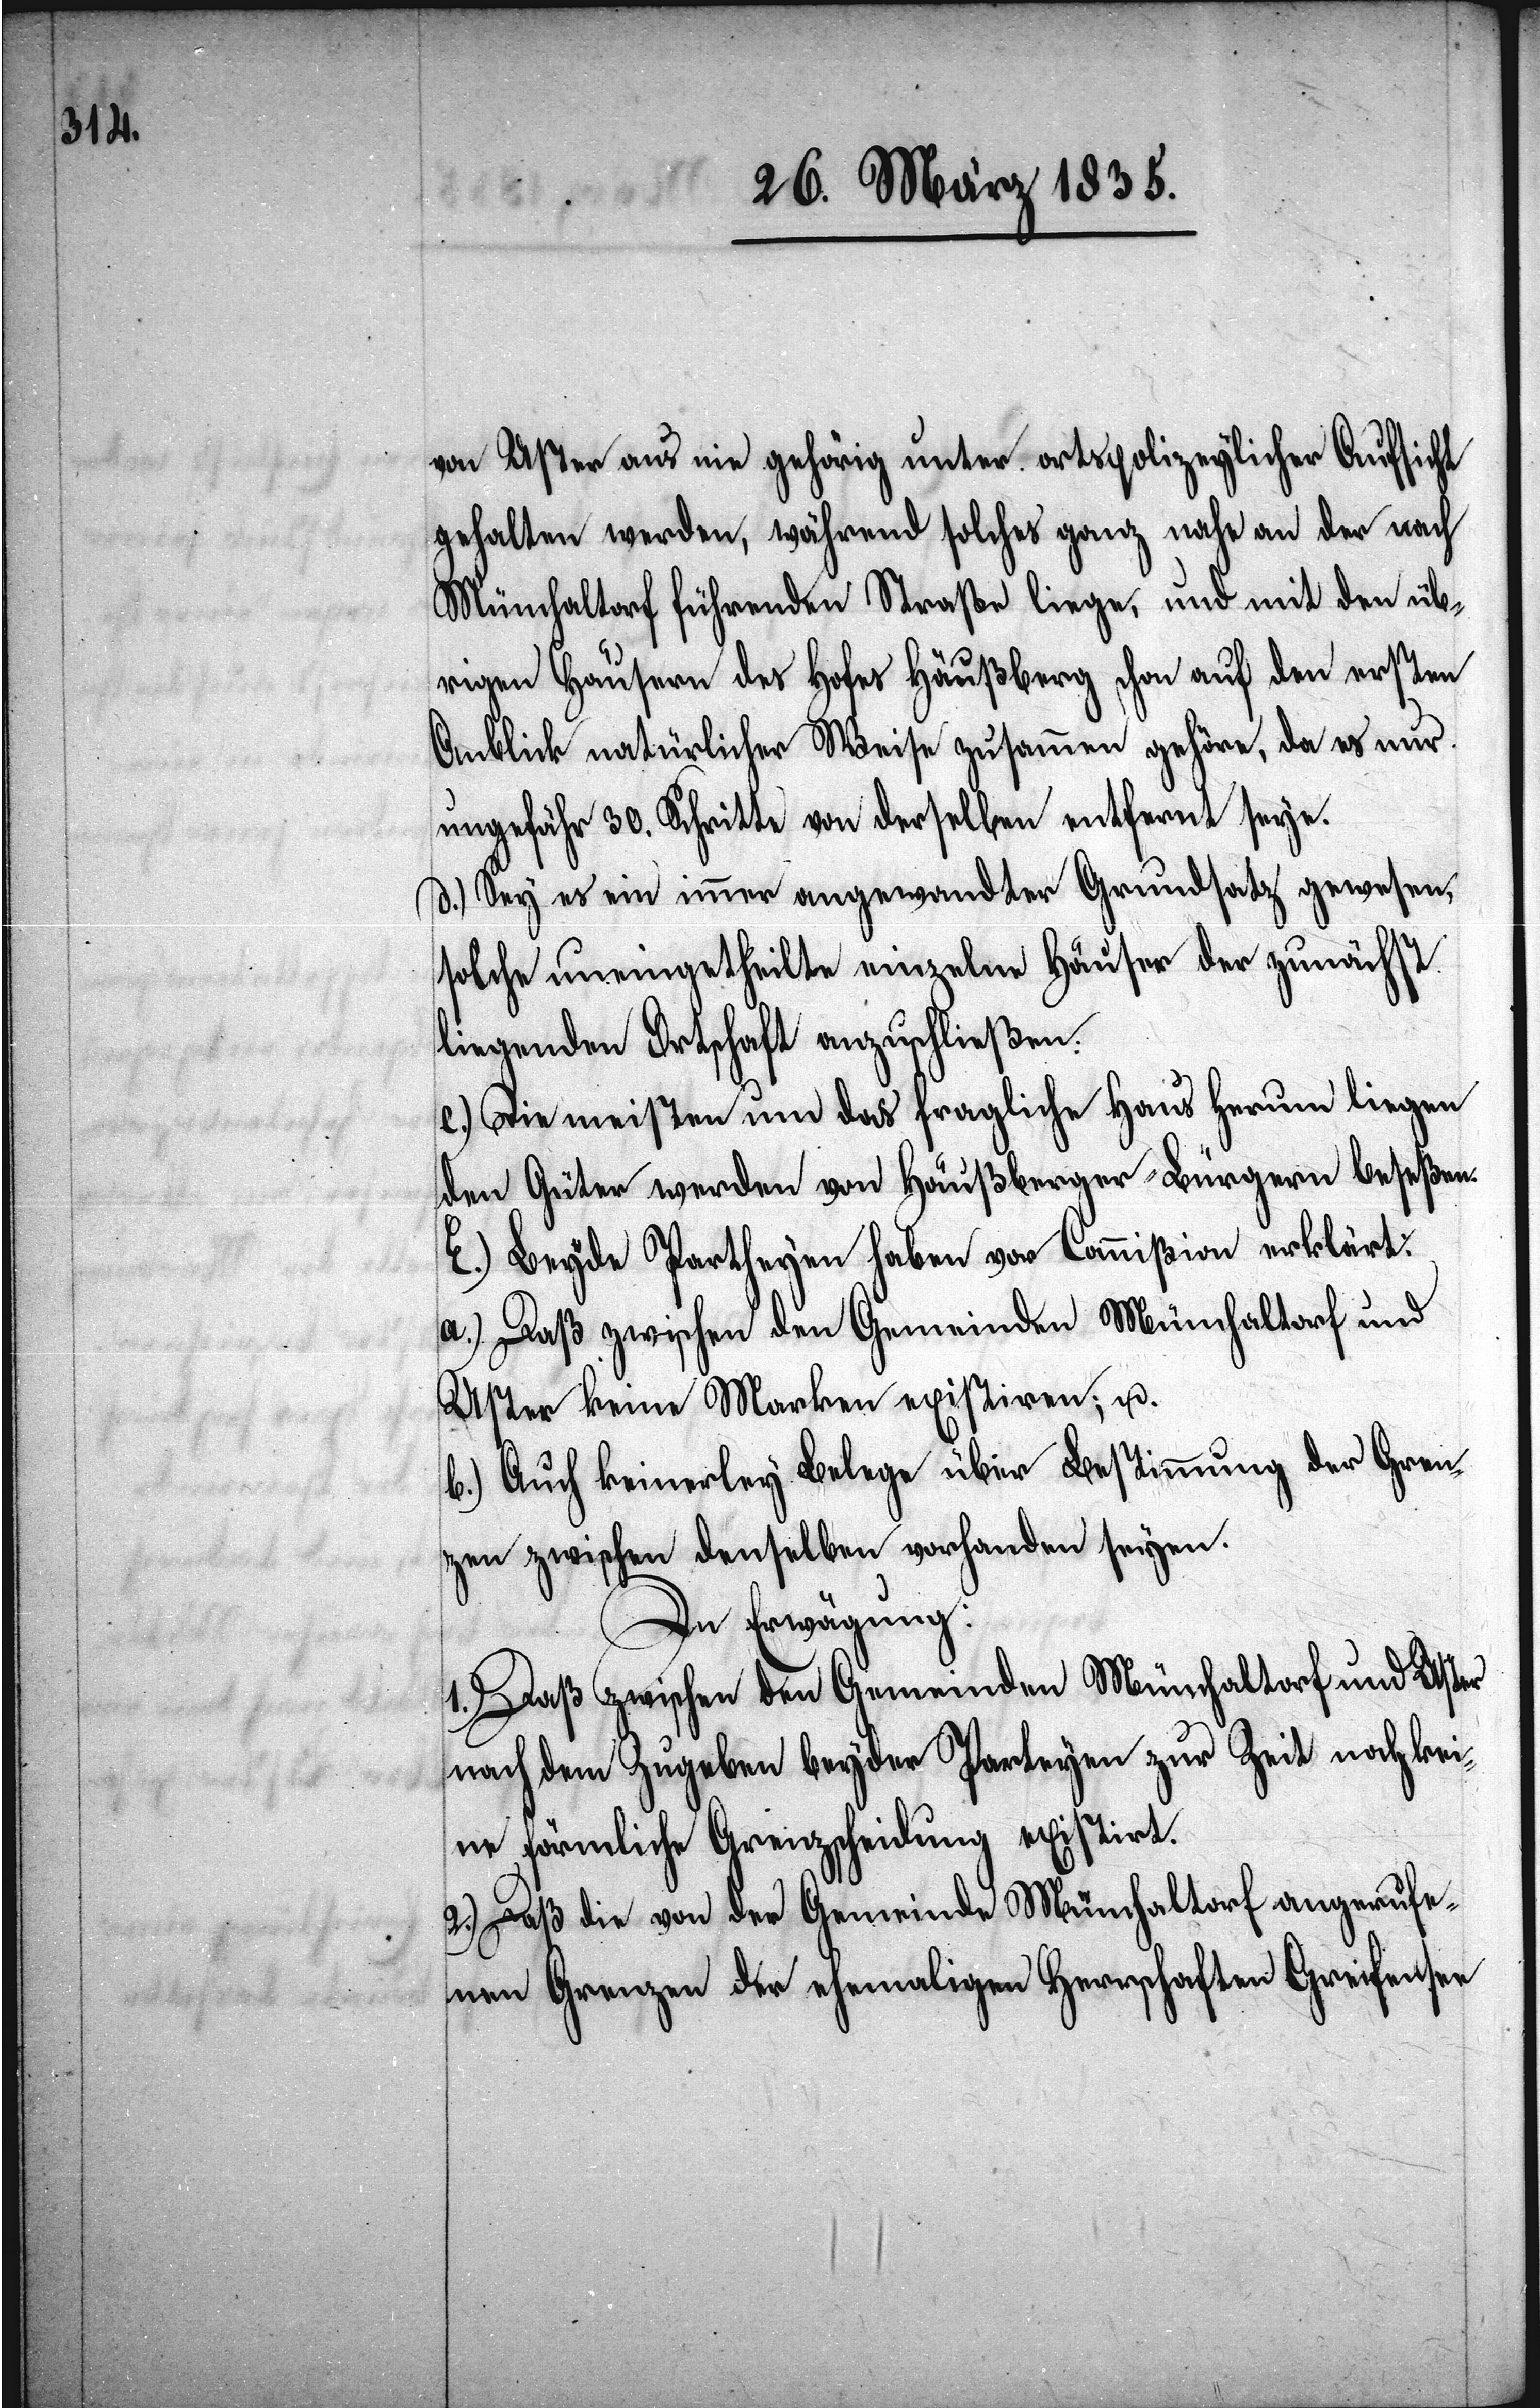
von Uster aus nie gehörig unter ortspolizeylicher Aufsicht
gehalten werden, während solches ganz nahe an der nach
Münchaltorf führenden Straße liege, und mit den üb¬
rigen Häusern des Hofes Häußberg schon auf den ersten
Ausblick natürlicher Weise zusammen gehöre, da es nur
ungefähr 30. Schritte von derselben entfernt seye.
d.) Sey es ein immer angewandter Grundsatz gewesen,
solche uneingetheilte einzelne Häuser der zunächst
liegenden Ortschaft anzuschließen.
e.) Die meisten um das fragliche Haus herum liegen¬
den Güter werden von Häußberger-Bürgern beseßen.
E.) Beyde Partheyen haben vor Commißion erklärt:
a.) Daß zwischen den Gemeinden Münchaltorf und
Uster keine Marken existiren; u.
b.) Auch keinerley Belege über Bestimmung der Gren¬
zen zwischen denselben vorhanden seyen.
In Erwägung:
1.) Daß zwischen den Gemeinden Münchaltorf und Uster
nach dem Zugeben beyder Partheyen zur Zeit noch kei¬
ne förmliche Grenzscheidung existirt.
2.) Daß die von der Gemeinde Münchaltorf angerufe¬
nen Grenzen der ehemaligen Herrschaften Greifensee